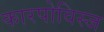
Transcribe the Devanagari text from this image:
कारपोविस्ज